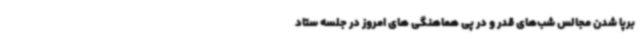
برپا شدن مجالس شب‌های قدر و در پی هماهنگی های امروز در جلسه ستاد